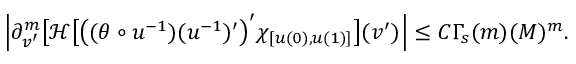
\begin{array} { r } { \left| \partial _ { v ^ { \prime } } ^ { m } \big [ \mathcal { H } \big [ \big ( ( \theta \circ u ^ { - 1 } ) ( u ^ { - 1 } ) ^ { \prime } \big ) ^ { \prime } \chi _ { [ u ( 0 ) , u ( 1 ) ] } \big ] ( v ^ { \prime } ) \right| \leq C \Gamma _ { s } ( m ) ( M ) ^ { m } . } \end{array}